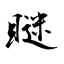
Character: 瞇